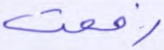
رفعت